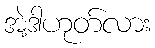
အဲ့ဒါဟုတ်လား